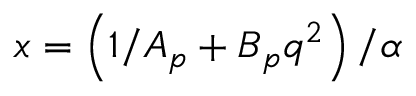
x = \left( 1 / A _ { p } + B _ { p } q ^ { 2 } \right) / \alpha